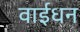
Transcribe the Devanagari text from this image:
वाईधन